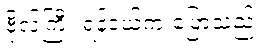
ဗိုလ်ကြီး ရန်ဒယ်က ပြောသည်။